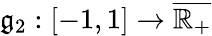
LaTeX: \mathfrak{g}_{2}:[-1,1]\to\overline{{\mathbb{R}_{+}}}